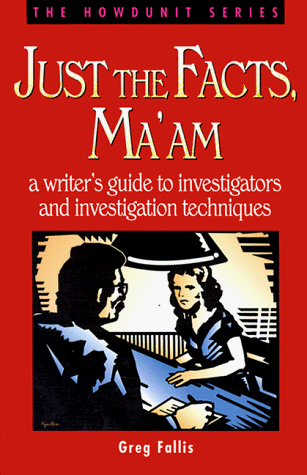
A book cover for Just the Facts, Ma'am: A Writer's Guide to Investigators and Investigation Techniques (Howdunit); Greg Fallis; Mystery, Thriller & Suspense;